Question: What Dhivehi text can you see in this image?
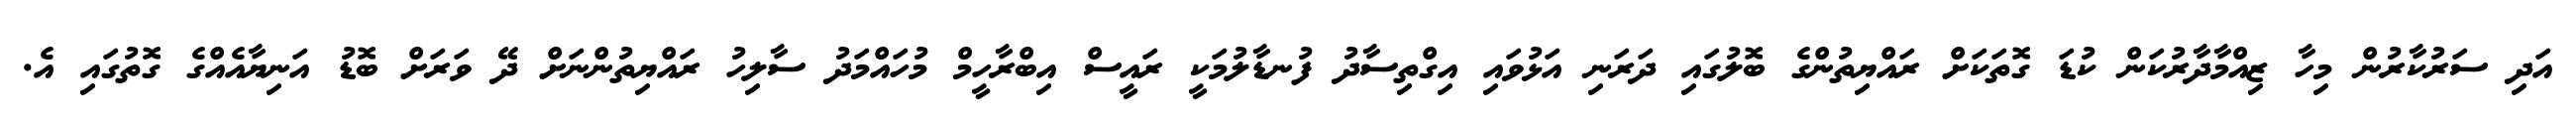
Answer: އަދި ސަރުކާރުން މިހާ ޒިއްމާދާރުކަން ކުޑަ ގޮތަކަށް ރައްޔިތުންގެ ބޮލުގައި ދަރަނި އަޅުވައި އިގްތިސާދު ފުނޑާލުމަކީ ރައީސް އިބްރާހީމް މުހައްމަދު ސާލިހު ރައްޔިތުންނަށް ދޭ ވަރަށް ބޮޑު އަނިޔާއެއްގެ ގޮތުގައި އެ.